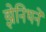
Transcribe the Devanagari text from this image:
झेनिथने